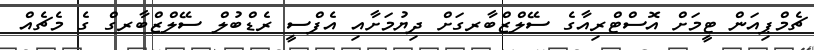
ޗެމްޕިއަން ޓީމަށް އޮސްޓްރިއާގެ ސޭލްޒްބާރގަށް ދިޔުމަށާއި އެފްސީ ރެޑްބުލް ސޭލްޒްބާރގް ގެ މެޗެއް